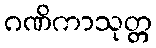
ဂဏိကာသုတ္တ